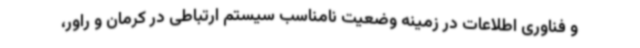
و فناوری اطلاعات در زمینه وضعیت نامناسب سیستم ارتباطی در کرمان و راور،